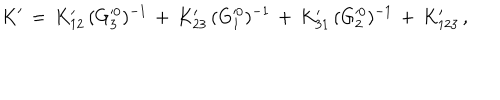
K ^ { \prime } \, = \, K _ { 1 2 } ^ { \prime } \, ( G _ { 3 } ^ { 0 } ) ^ { - 1 } \, + \, K _ { 2 3 } ^ { \prime } \, ( G _ { 1 } ^ { 0 } ) ^ { - 1 } \, + \, K _ { 3 1 } ^ { \prime } \, ( G _ { 2 } ^ { 0 } ) ^ { - 1 } \, + \, K _ { 1 2 3 } ^ { \prime } \, ,